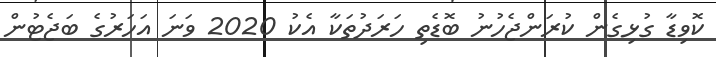
ކޮވިޑާ ގުޅިގެން ކުރަންޖެހުނު ބޮޑެތި ހަރަދުތަކާ އެކު 2020 ވަނަ އަހަރުގެ ބަޖެޓުން